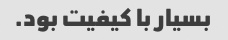
بسیار با کیفیت بود.